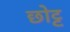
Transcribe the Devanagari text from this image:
छोट्ट